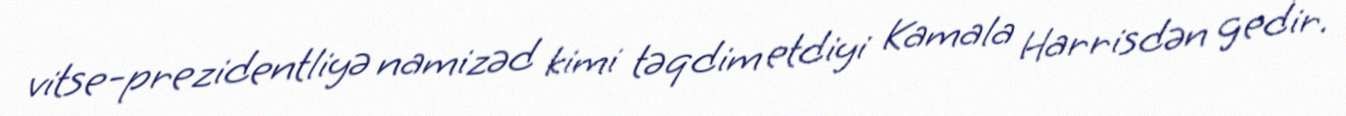
vitse-prezidentliyə namizəd kimi təqdim etdiyi Kamala Harrisdən gedir.